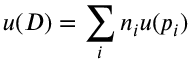
u ( D ) = \sum _ { i } n _ { i } u ( p _ { i } )